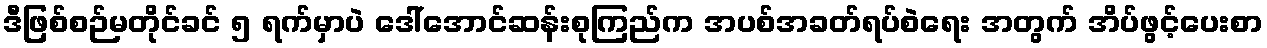
ဒီဖြစ်စဉ်မတိုင်ခင် ၅ ရက်မှာပဲ ဒေါ်အောင်ဆန်းစုကြည်က အပစ်အခတ်ရပ်စဲရေး အတွက် အိပ်ဖွင့်ပေးစာ